Vaccination Hyderabad 1890-1903 - 1890-1903
Year: 1890
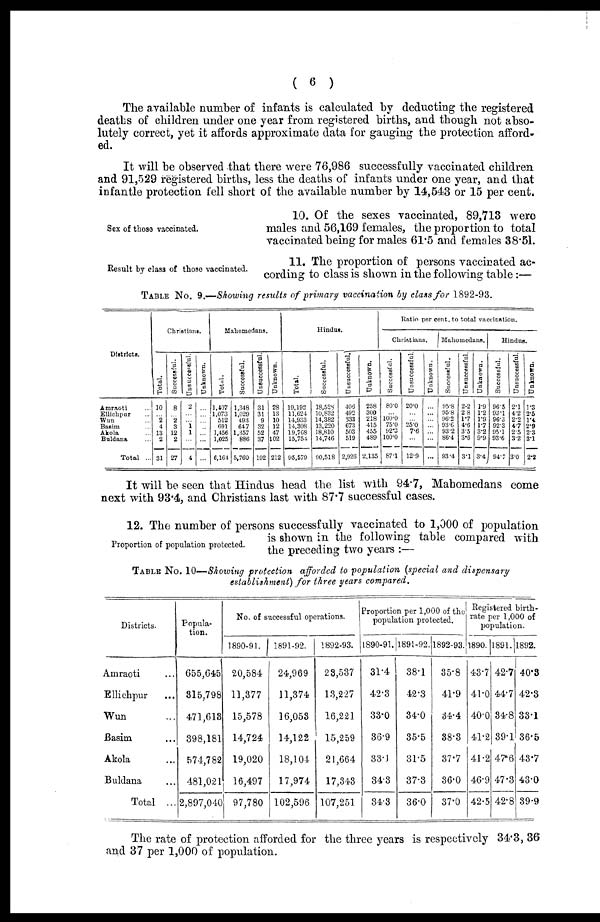
( 6 )
The available number of infants is calculated by deducting the registered
deaths of children under one year from registered births, and though not abso-
lutely correct, yet it affords approximate data for gauging the protection afford-
ed.
It will be observed that there were 76,986 successfully vaccinated children
and 91,529 registered births, less the deaths of infants under one year, and that
infantle protection fell short of the available number by 14,543 or 15 per cent.
Sex of those vaccinated.
10. Of the sexes vaccinated, 89,713 were
males and 56,169 females, the proportion to total
vaccinated being for males 61.5 and females 38.51.
Result by class of those vaccinated.
11. The proportion of persons vaccinated ac-
cording to class is shown in the following table:—
TABLE No. 9.—Showing results of primary vaccination by class for 1892-93.
Districts.
Amraoti ...
Ellichpur ...
Wun ...
Basim ...
Akola ...
Buldana ...
Total ...
Christians.
Total.
10
... 2
4
13
2
31
Successful.
8
... 2
3
12
2
27
Unsuccessful.
2
...
... 1
1
...
4
Unknown.
...
...
...
...
...
...
...
Mahomedans.
Total.
1,407
1,073
512
691
1,456
1,025
6,164
Successful.
1,348
1,029
493
647
1,357
886
5,760
Unsuccessful.
31
31
9
32
52
37
192
Un k n o wn .
28
13
10
12
47
102
212
Hindus.
Total.
19,192
11,624
14,933
14,308
19,768
15,754
95,579
Successful.
18,528
10,832
14,382
13,220
18,810
14,746
90,518
Unsuccessful.
406
492
333
673
503
519
2,926
Unknown.
258
300
218
415
455
489
2,135
Ratio per cent. to total vaccination.
Christians.
Successful.
80.0
... 100.0
75.0
92.3
100.0
87.1
Unsuccessful.
20.0
...
... 25.0
7.6
...
12.9
Unknown.
...
...
...
...
...
...
...
Mahomedans.
Successful.
95.8
95.8
96.2
93.6
93.2
86.4
93.4
Unsuccessful.
2.2
2.8
1.7
4.6
3.5
3.6
3.1
Unknown.
1.9
1.2
1.9
1.7
3.2
9.9
3. 4
Hindus.
Successful.
96.5
93.1
96.3
92.3
95.1
93.6
94.7
Unsuccessful.
2.1
4.2
2.2
4.7
2.5
3.2
3.0
Unknown.
1.3
2.5
1.4
2.9
2.3
3.1
2.2
It will be seen that Hindus head the list with 94.7, Mabomedans come
next with 93.4, and Christians last with 87.7 successful cases.
Proportion of population protected.
12. The number of persons successfully vaccinated to 1,000 of population
is shown in the following table compared with
the preceding two years :—
TABLE No. 10—Showing protection afforded to population (special and dispensary
establishment) for three years compared.
Districts.
Amraoti ...
Ellichpur ...
Wun ...
Basim ...
Akola ...
Buldana ...
Total ...
Popula-
tion.
655,645
315,798
471,618
398,181
574,782
481,021
2,897,040
No. of successful operations.
1890-91.
20,584
11,377
15,578
14,724
19,020
16,497
97,780
1891-92.
24,969
11,374
16,053
14,122
18,104
17,974
102,596
1892-93.
28,537
13,227
16,221
15,259
21,664
17,343
107,251
Proportion per 1,000 of the
population protected.
1890-91.
31.4
42.3
33.0
36.9
33.1
34.3
34.3
1891-92.
38.1
42.3
34.0
35.5
31.5
37.3
36.0
1892-93.
35.8
41.9
34.4
38.3
37.7
36.0
37.0
Registered birth-
rate per 1,000 of
population.
1890.
43.7
41.0
40.0
41.2
41.2
46.9
42.5
1891.
42.7
44.7
34.8
39.1
47.6
47.3
42.8
1892.
40.3
42.3
33.1
36.5
43.7
43.0
39.9
The rate of protection afforded for the three years is respectively 34.3, 36
and 37 per 1,000 of population.